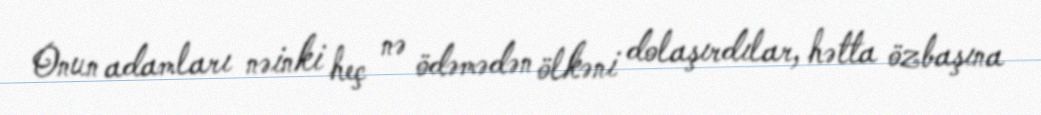
Onun adamları nəinki heç nə ödəmədən ölkəni dolaşırdılar, hətta özbaşına